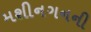
મશીનગનની